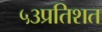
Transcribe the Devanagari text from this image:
५३प्रतिशत